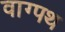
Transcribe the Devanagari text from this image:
वाग्पथ